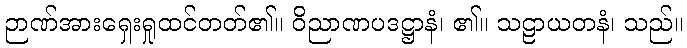
ဉာဏ်အားရှေးရှုထင်တတ်၏။ ဝိညာဏပဒဋ္ဌာနံ၊ ၏။ သဠာယတနံ၊ သည်။